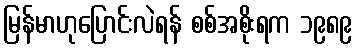
မြန်မာဟုပြောင်းလဲရန် စစ်အစိုးရက ၁၉၈၉